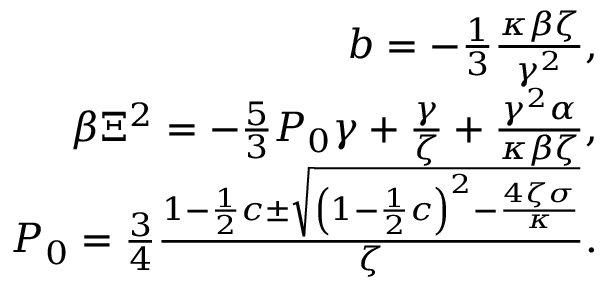
\begin{array} { r } { b = - \frac { 1 } { 3 } \frac { \kappa \beta \zeta } { \gamma ^ { 2 } } , } \\ { \beta \Xi ^ { 2 } = - \frac { 5 } { 3 } P _ { 0 } \gamma + \frac { \gamma } { \zeta } + \frac { \gamma ^ { 2 } \alpha } { \kappa \beta \zeta } , } \\ { P _ { 0 } = \frac { 3 } { 4 } \frac { 1 - \frac { 1 } { 2 } c \pm \sqrt { \left( 1 - \frac { 1 } { 2 } c \right) ^ { 2 } - \frac { 4 \zeta \sigma } { \kappa } } } { \zeta } . } \end{array}